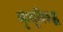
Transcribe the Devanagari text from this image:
मृत्यूविरुद्ध